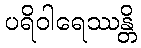
ပရိဝါရေဿန္တိ